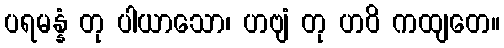
ပရမန္နံ တု ပါယာသော၊ ဟဗျံ တု ဟဝိ ကထျတေ။